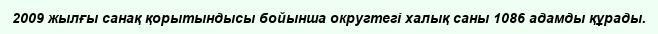
2009 жылғы санақ қорытындысы бойынша округтегі халық саны 1086 адамды құрады.